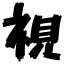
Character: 視